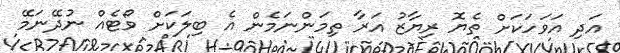
އަދި އަވަހަކަށް ތެޔޮ ރިޔާޒު އަރާ ތިމަންނަމެން އެ ބިލަކަށް ވޯޓެއް ނުދޭނަމޭ